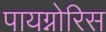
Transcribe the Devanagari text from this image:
पायग्नोरिस